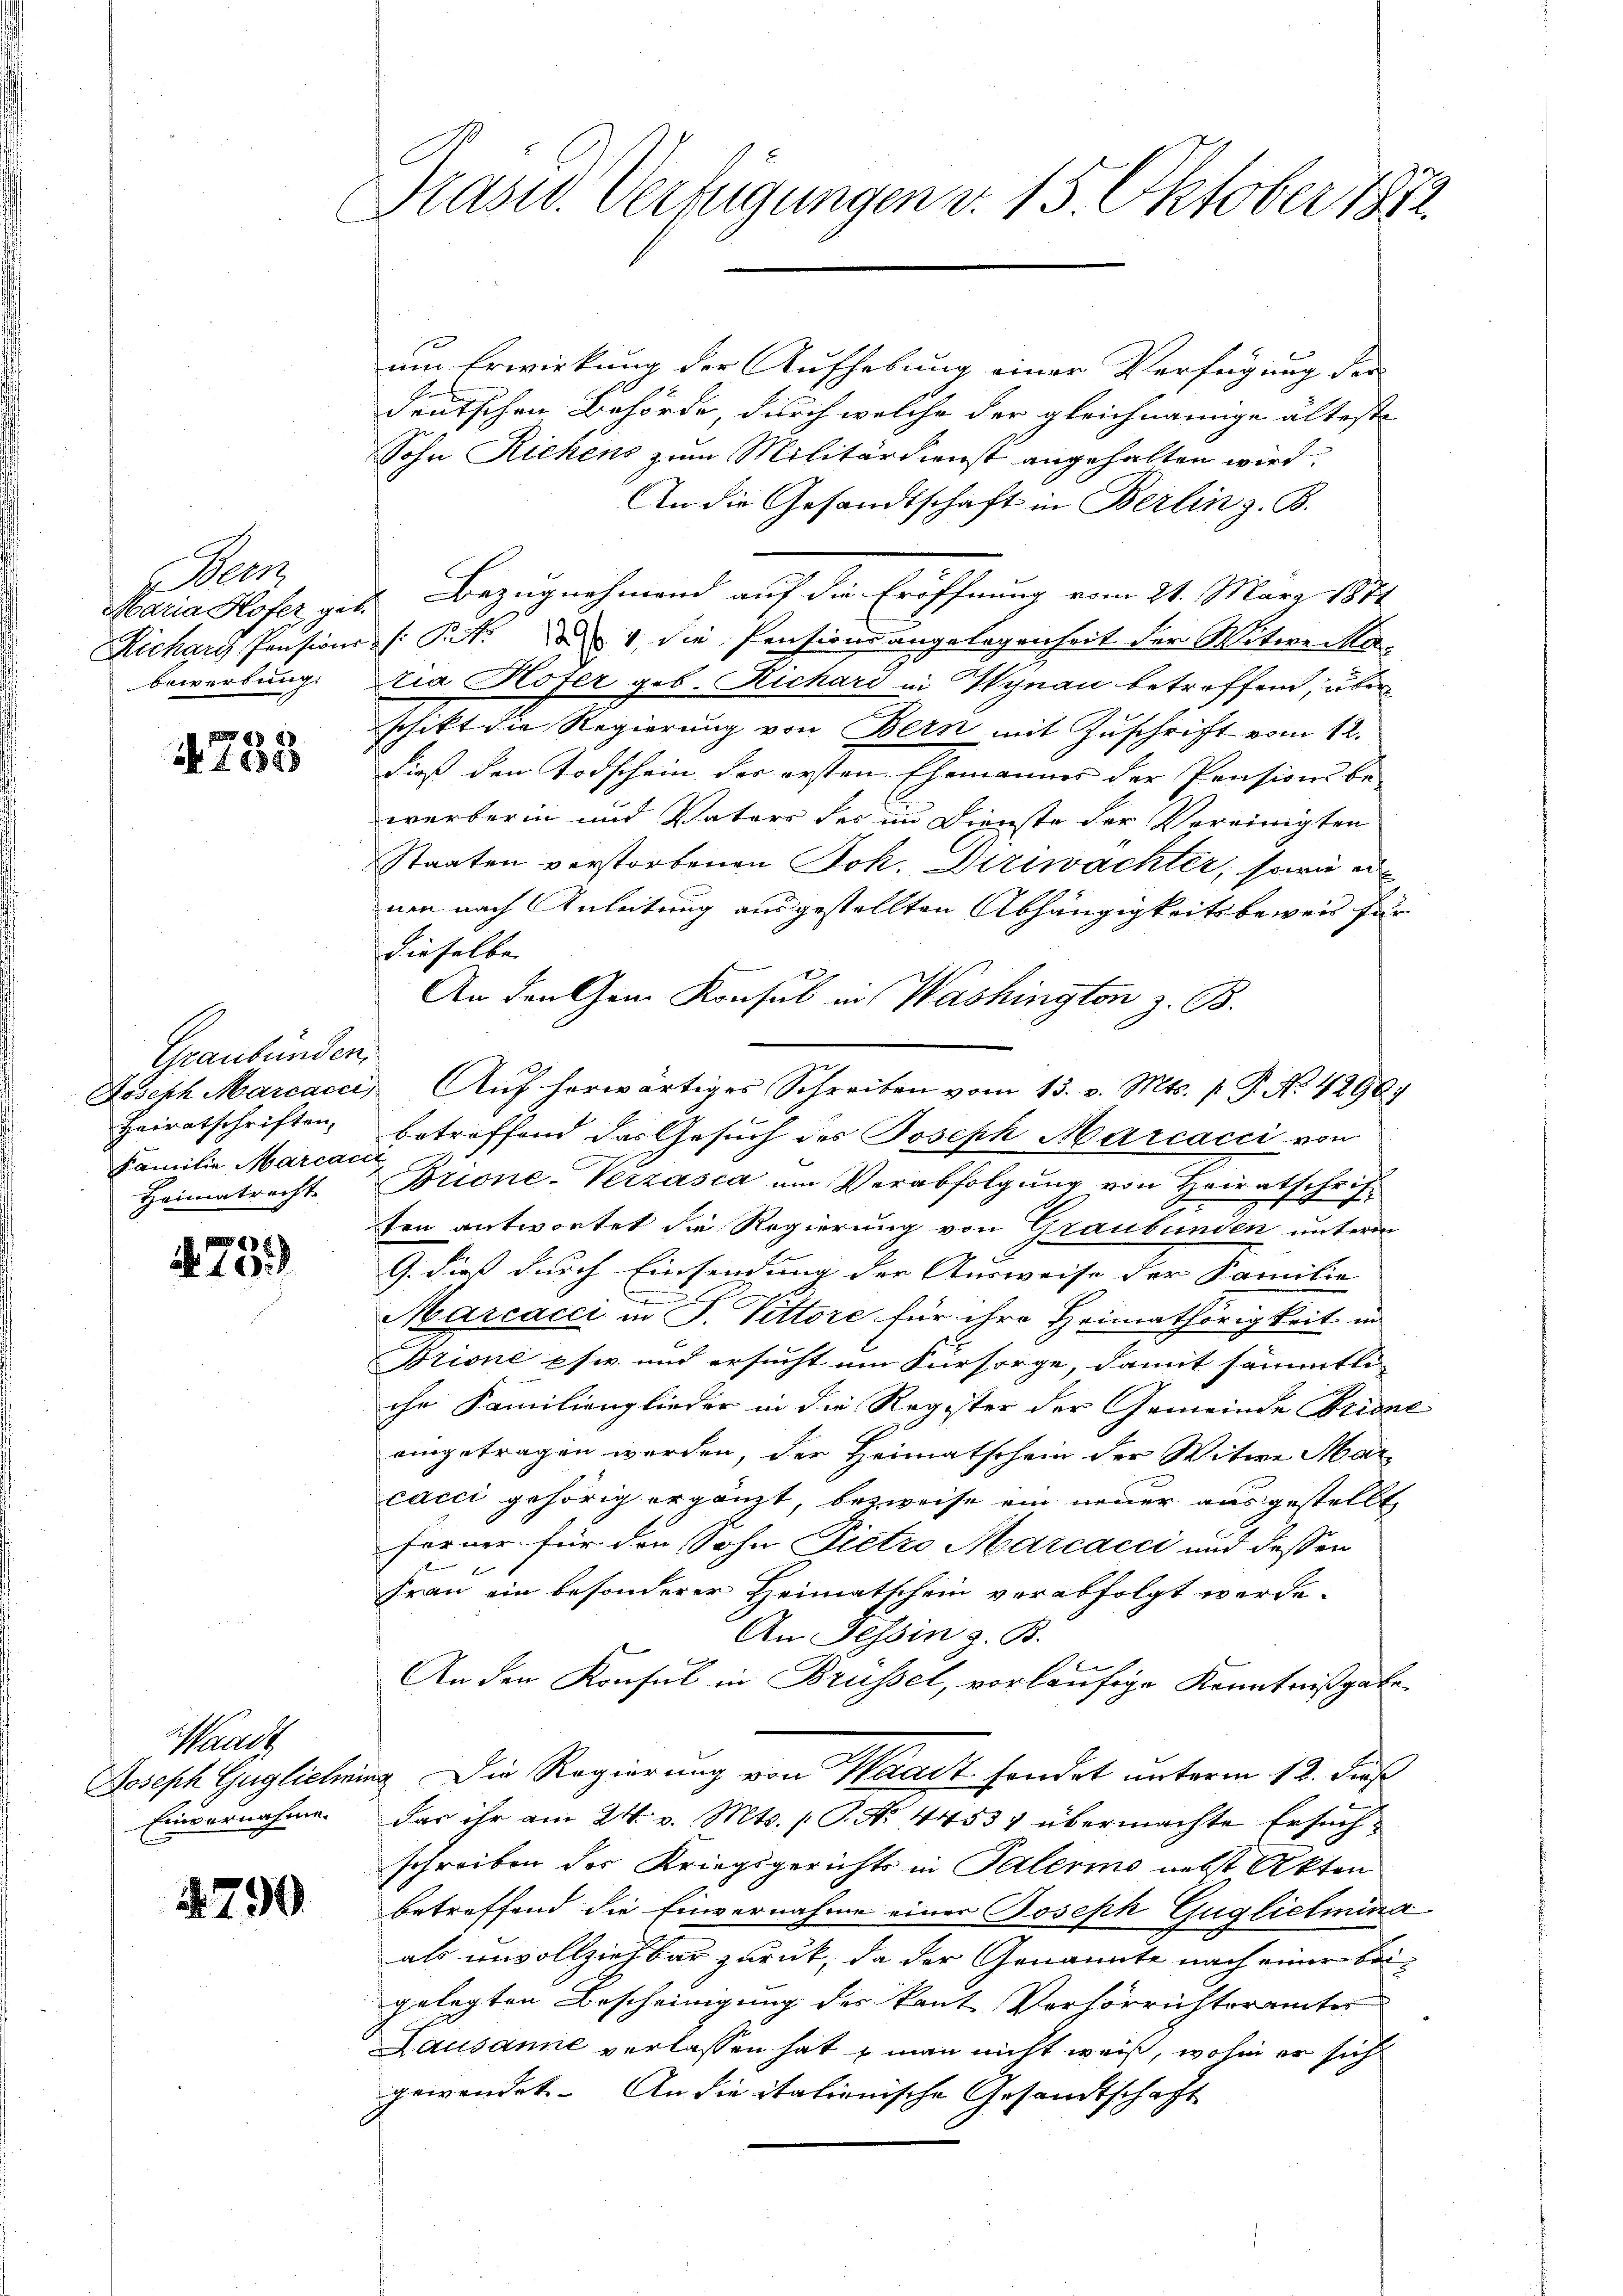
Rat
Richary Pensions
bewerbung.

4735

Graubünden.
Heiratschriften.
Familie Marcacc
Heimatrecht

8
No 102

Waadt
Joseph Guglichen
Einvernahme.

4790

Präsid. Verfügungen v. 15. Oktober 1812.

um Erwirkung der Aufhebung einer Verfügung der
deutschen Behörde, durch welche der gleichnamige älteste
Sohn Richens zum Militärdienst angehalten wird.
An die Gesandtschaft in Berlin z. B.
Maria Hofer geb. Bezugnehmend auf die Eröffnung vom 21. März 1874
des: Pct. Da 1. die Pensionsangelegenheit der Witwe Matia Hofer geb. Richard in Wynau betreffend, über
schikt die Regierung von Bern mit Zuschrift vom 12.
dieß den Todschein der ersten Ehemannes der Pension be-
werberin und Vaters des im Dienste der Vereinigten
Staaten verstorbenen Joh. Diriwachter, sowie er
nen nach Anleitung ausgestellten Abhängigkeitsbeweis für
dieselbe
An den Gem Konsul in Washington z. B.
Joseph Marcacci Aŭf herwärtiges Schreiben vom 13. v. Mts. p. P. Nr. 4290.
betreffend das Gesuch des Joseph Marcacci von
Brione-Verzasca um Verabfolgung von Heiratschrift
ten antwortet die Regierung von Graubünden unterm
G. dieß durch Einsendung der Ausweise der Familie
Marcacci in P. Pittore für ihre Heimathörigkeit in
Brioné psiv. und ersucht um Fürsorge, damit sämmtli
che Familienglieder in die Register der Gemeinde Bridne
eingetragen worden, der Heimatschein der Witwe Mar
cacci gehörig ergänzt, bezweife ein neuer ausgestellt,
forner für den Sohn Pietro Marcacci und dessen
x
Frau ein besonderer Heimatschein verabfolgt werde.
An Tessin z. B.
An den Konsul in Brüssel, vorläufige Kenntnißgabe
ig. Die Regierung von Waadt sondert unterm 12. dieß
das ihr am 24. v. Mts. (T. No. 4453) übermachte Ersuchschreiben der Kriegsgerichts in Palermo nebst Akten
betreffend die Einvernahme einer Joseph Guglielmina
als unvollziehbar zurück, da der Genannte nach einer beigelegten Bescheinigung des kant. Verhörrichterämter
Lausanne verlassen hat man nicht weiß, wohin er sich
gewendet. An die italienische Gesandtschaft